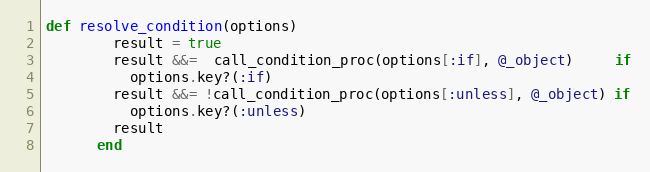
Language: Ruby
def resolve_condition(options)
        result = true
        result &&=  call_condition_proc(options[:if], @_object)     if
          options.key?(:if)
        result &&= !call_condition_proc(options[:unless], @_object) if
          options.key?(:unless)
        result
      end